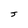
Character: J